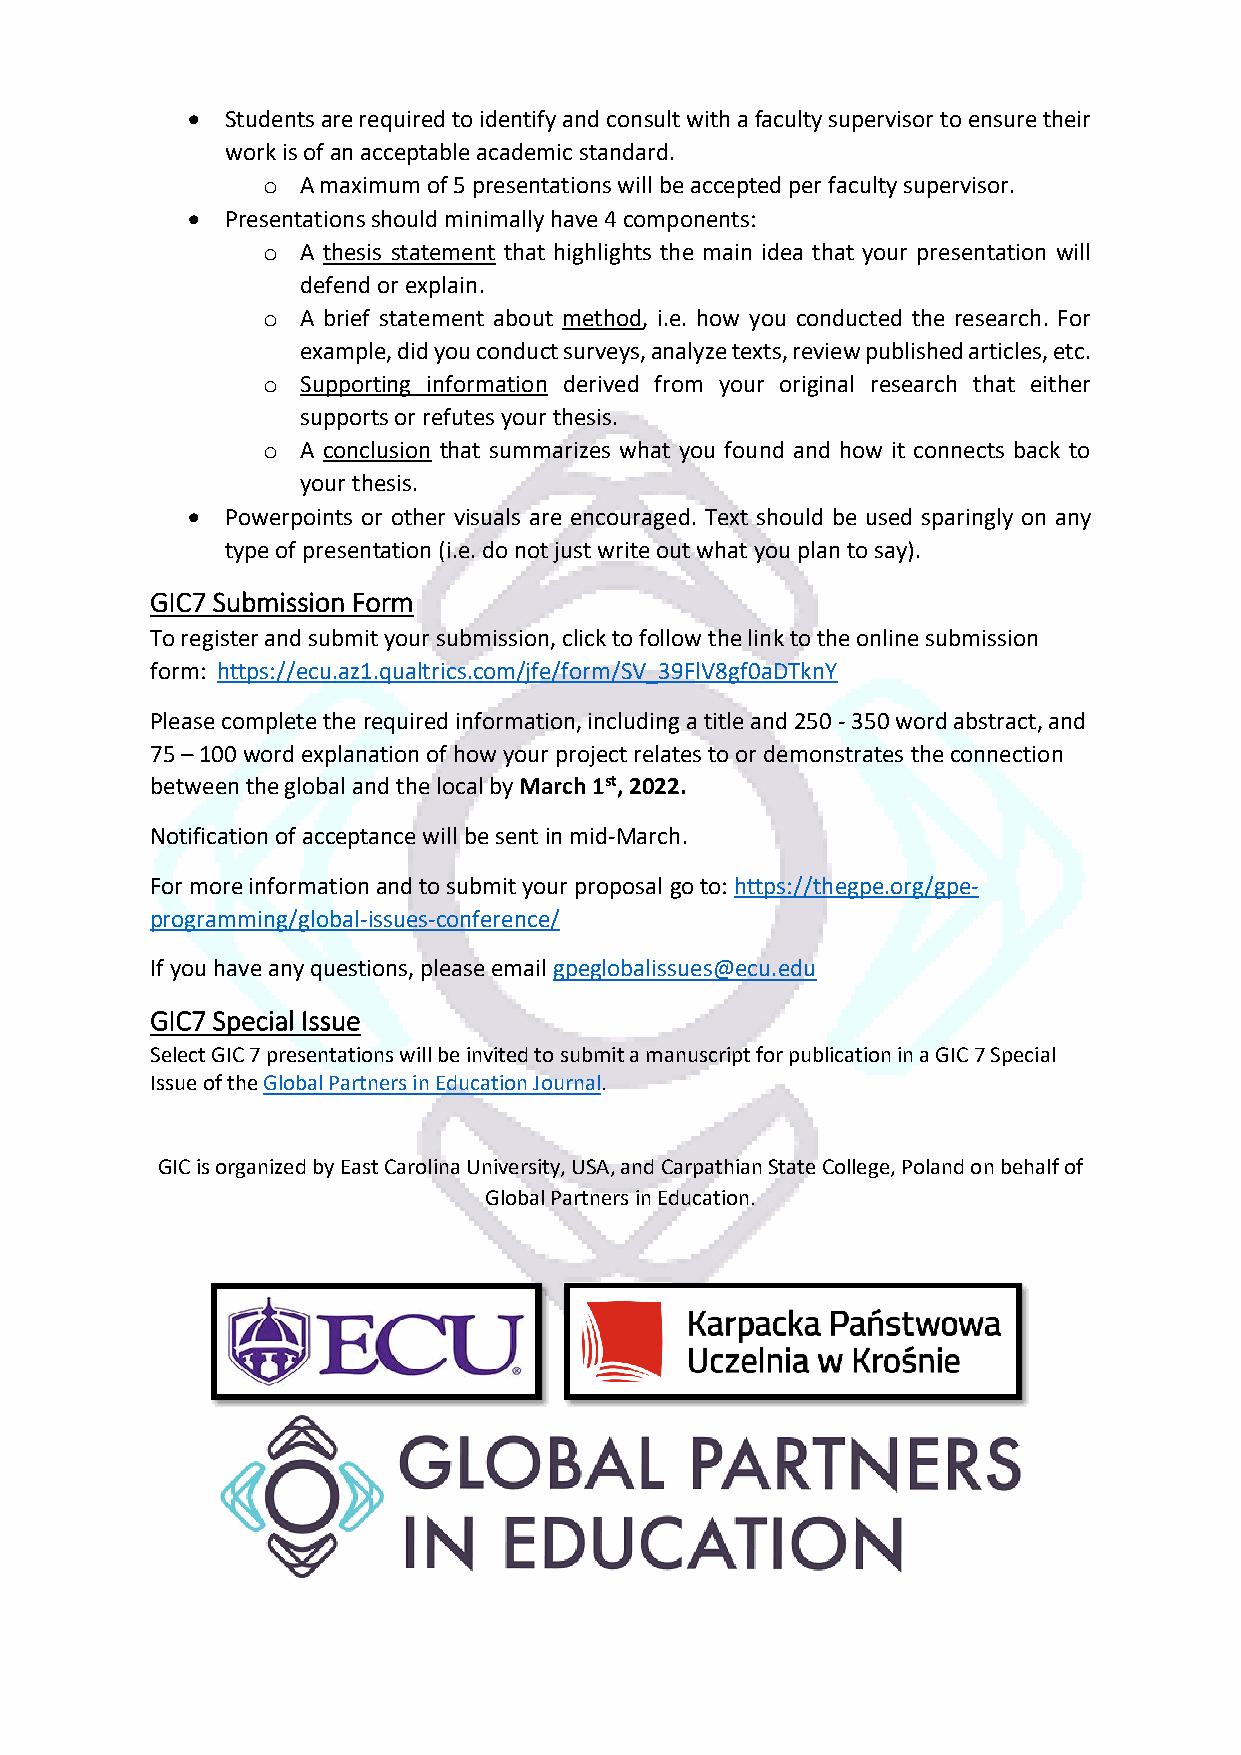
•  Students are required to identify and consult with a faculty supervisor to ensure their
 work is of an acceptable academic standard.
 o  A maximum of 5 presentations will be accepted per faculty supervisor.
 •  Presentations should minimally have 4 components:
 o  A thesis statement that highlights the main idea that your presentation will
 defend or explain.
 o  A brief statement about method, i.e. how you conducted the research. For
 example, did you conduct surveys, analyze texts, review published articles, etc.
 o  Supporting information derived from your original research that either
 supports or refutes your thesis.
 o  A conclusion that summarizes what you found and how it connects back to
 your thesis.
 •  Powerpoints or other visuals are encouraged. Text should be used sparingly on any
 type of presentation (i.e. do not just write out what you plan to say).
 GIC7 Submission Form
 To register and submit your submission, click to follow the link to the online submission
 form: https://ecu.az1.qualtrics.com/jfe/form/SV_39FlV8gf0aDTknY
 Please complete the required information, including a title and 250 - 350 word abstract, and
 75 – 100 word explanation of how your project relates to or demonstrates the connection
 between the global and the local by March 1st, 2022.
 Notification of acceptance will be sent in mid-March.
 For more information and to submit your proposal go to: https://thegpe.org/gpe-
 programming/global-issues-conference/
 If you have any questions, please email gpeglobalissues@ecu.edu
 GIC7 Special Issue
 Select GIC 7 presentations will be invited to submit a manuscript for publication in a GIC 7 Special
 Issue of the Global Partners in Education Journal.
 GIC is organized by East Carolina University, USA, and Carpathian State College, Poland on behalf of
 Global Partners in Education.